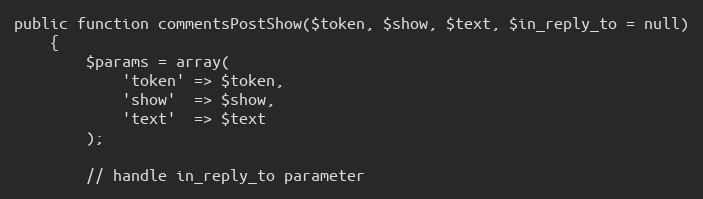
Language: PHP
public function commentsPostShow($token, $show, $text, $in_reply_to = null)
    {
        $params = array(
            'token' => $token,
            'show'  => $show,
            'text'  => $text
        );

        // handle in_reply_to parameter